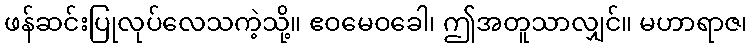
ဖန်ဆင်းပြုလုပ်လေသကဲ့သို့။ ဧဝမေဝခေါ၊ ဤအတူသာလျှင်။ မဟာရာဇ၊